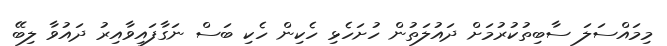
މިމައްސަލަ ސާބިތުކުރުމަށް ދައުލަތުން ހުށަހެޅި ހެކިން ހެކި ބަސް ނަގާފައިވާއިރު ދައުވާ ލިބޭ